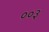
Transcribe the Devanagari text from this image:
००३